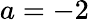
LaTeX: a=-2